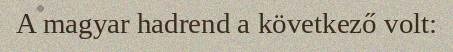
A magyar hadrend a következő volt: